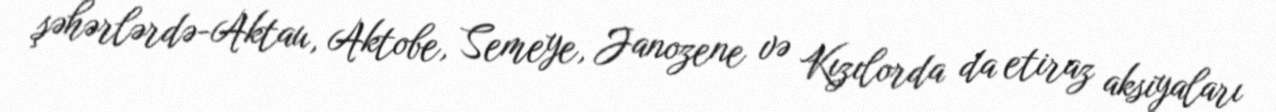
şəhərlərdə-Aktau, Aktobe, Semeye, Janozene və Kızılorda da etiraz aksiyaları